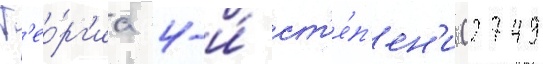
Г'ео́рг'иа 4-и́ ст'е́п'ен'и (2749